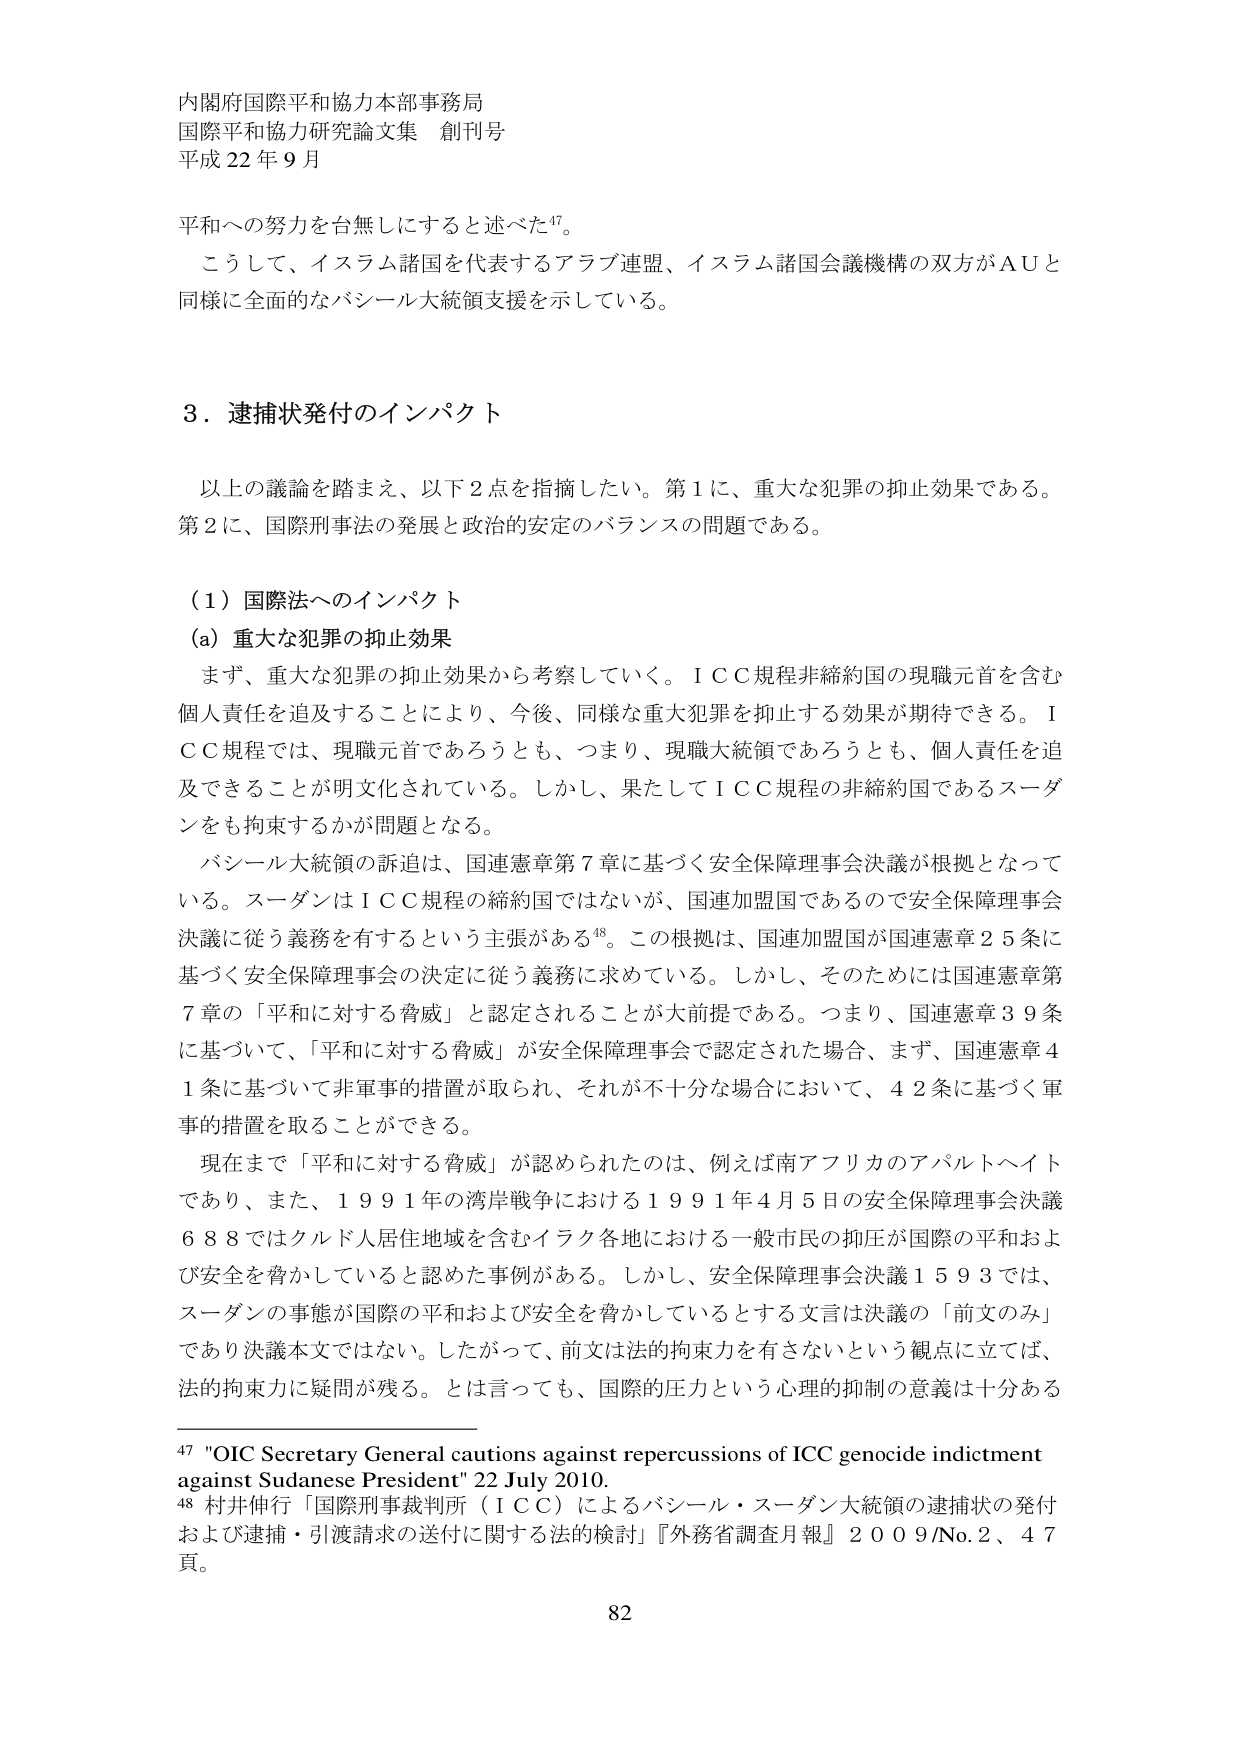
内閣府国際平和協力本部事務局
国際平和協力研究論文集 創刊号
平成22年9月

平和への努力を台無しにすると述べた⁴⁷。
こうして、イスラム諸国を代表するアラブ連盟、イスラム諸国会議機構の双方がＡＵと
同様に全面的なバシール大統領支援を示している。

３．逮捕状発付のインパクト

以上の議論を踏まえ、以下２点を指摘したい。第１に、重大な犯罪の抑止効果である。
第２に、国際刑事法の発展と政治的安定のバランスの問題である。

（１）国際法へのインパクト
（a）重大な犯罪の抑止効果
まず、重大な犯罪の抑止効果から考察していく。ＩＣＣ規程非締約国の現職元首を含む
個人責任を追及することにより、今後、同様な重大犯罪を抑止する効果が期待できる。Ｉ
ＣＣ規程では、現職元首であろうとも、つまり、現職大統領であろうとも、個人責任を追
及できることが明文化されている。しかし、果たしてＩＣＣ規程の非締約国であるスーダ
ンをも拘束するかが問題となる。

バシール大統領の訴追は、国連憲章第７章に基づく安全保障理事会決議が根拠となって
いる。スーダンはＩＣＣ規程の締約国ではないが、国連加盟国であるので安全保障理事会
決議に従う義務を有するという主張がある⁴⁸。この根拠は、国連加盟国が国連憲章２５条に
基づく安全保障理事会の決定に従う義務に求めている。しかし、そのためには国連憲章第
７章の「平和に対する脅威」と認定されることが大前提である。つまり、国連憲章３９条
に基づいて、「平和に対する脅威」が安全保障理事会で認定された場合、まず、国連憲章４
１条に基づいて非軍事的措置が取られ、それが不十分な場合において、４２条に基づく軍
事的措置を取ることができる。

現在まで「平和に対する脅威」が認められたのは、例えば南アフリカのアパルトヘイト
であり、また、１９９１年の湾岸戦争における１９９１年４月５日の安全保障理事会決議
６８８ではクルド人居住地域を含むイラク各地における一般市民の抑圧が国際の平和およ
び安全を脅かしていると認めた事例がある。しかし、安全保障理事会決議１５９３では、
スーダンの事態が国際の平和および安全を脅かしているとする文言は決議の「前文のみ」
であり決議本文ではない。したがって、前文は法的拘束力を有さないという観点に立てば、
法的拘束力に疑問が残る。とは言っても、国際的圧力という心理的抑制の意義は十分ある

⁴⁷ "OIC Secretary General cautions against repercussions of ICC genocide indictment
against Sudanese President" 22 July 2010.
⁴⁸ 村井伸行「国際刑事裁判所（ＩＣＣ）によるバシール・スーダン大統領の逮捕状の発付
および逮捕・引渡請求の送付に関する法的検討」『外務省調査月報』２００９/No.2、４７
頁。

82